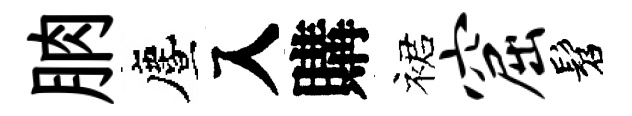
朒󵨌入購裙窟髫